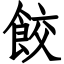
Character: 餃